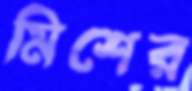
মিশের